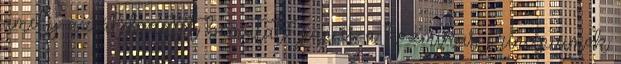
amely az áldozatot bemutató pap és a kozmikus princípiumok